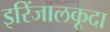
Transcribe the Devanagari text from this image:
इरिंजालकूदा